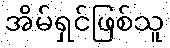
အိမ်ရှင်ဖြစ်သူ